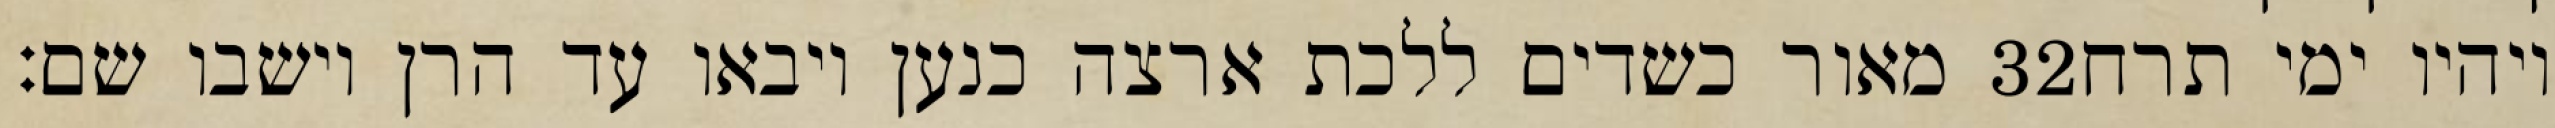
מאור כשדים ללכת ארצה כנען ויבאו עד הרן וישבו שם׃ ‎32‏ ויהיו ימי תרח